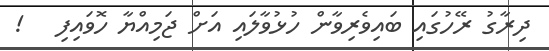
ދިރާގު ރޭހުގައި ބައިވެރިވާން ހުޅުވާލައި އަށް ޖަމިއްޔާ ހޮވައިފި   !